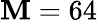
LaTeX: \mathbf{M}=64